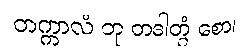
တက္ကာလံ တု တဒါတွံ စော၊